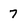
Character: 7